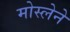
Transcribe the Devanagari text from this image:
मोस्लेने